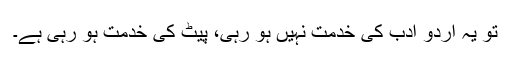
تو یہ اردو ادب کی خدمت نہیں ہو رہی، پیٹ کی خدمت ہو رہی ہے۔